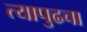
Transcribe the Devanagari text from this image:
त्यापुढचा